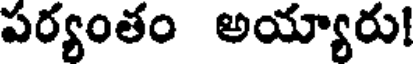
పర్యంతం అయ్యారు!